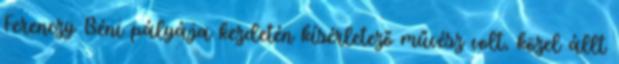
Ferenczy Béni pályája kezdetén kísérletező művész volt, közel állt